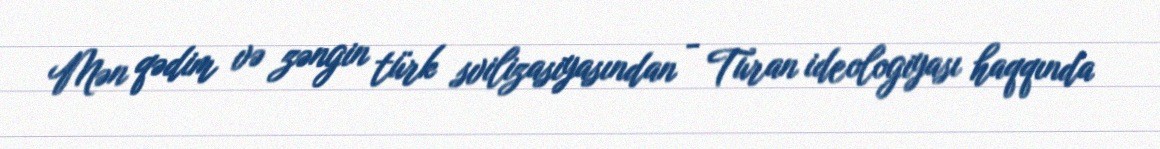
Mən qədim və zəngin türk svilizasiyasından - Turan ideologiyası haqqında